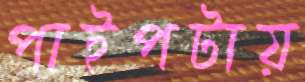
পাইপটায়